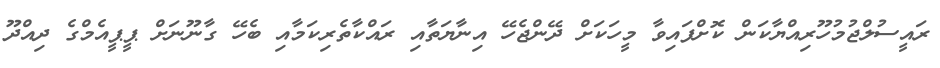
ރައީސުލްޖުމުހޫރިއްޔާކަން ކޮށްފައިވާ މީހަކަށް ދޭންޖެހޭ އިނާޔަތާއި ރައްކާތެރިކަމާއި ބެހޭ ގާނޫނަށް ޕީޕީއެމްގެ ދިއްދޫ